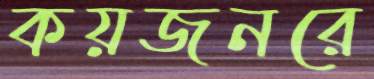
কয়জনরে